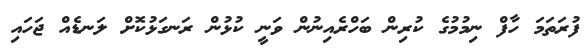
ފުރަތަމަ ހާފް ނިމުމުގެ ކުރިން ބަހްރެއިނުން ވަނީ ކުޅުން ރަނގަޅުކޮށް ލަނޑެއް ޖަހައި